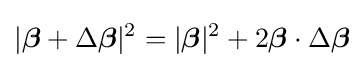
|{\boldsymbol {\beta }}+\Delta {\boldsymbol {\beta }}|^{2}=|{\boldsymbol {\beta }}|^{2}+2{\boldsymbol {\beta }}\cdot \Delta {\boldsymbol {\beta }}